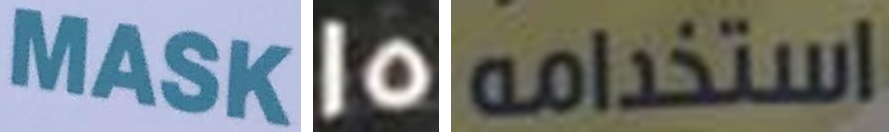
MASK 15 استخدامه